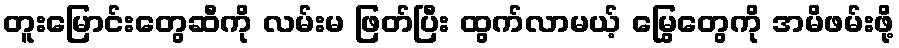
တူးမြောင်းတွေဆီကို လမ်းမ ဖြတ်ပြီး ထွက်လာမယ့် မြွေတွေကို အမိဖမ်းဖို့